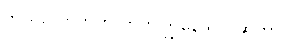
ဘယ်လောက်ကို တက်ကြွနေသလဲဆိုတာ။